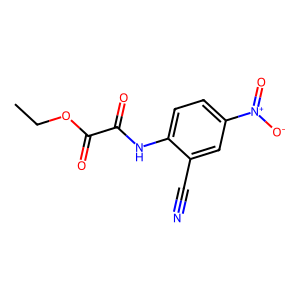
SMILES: CCOC(=O)C(=O)Nc1ccc([N+](=O)[O-])cc1C#N
Inhibits HIV replication: No